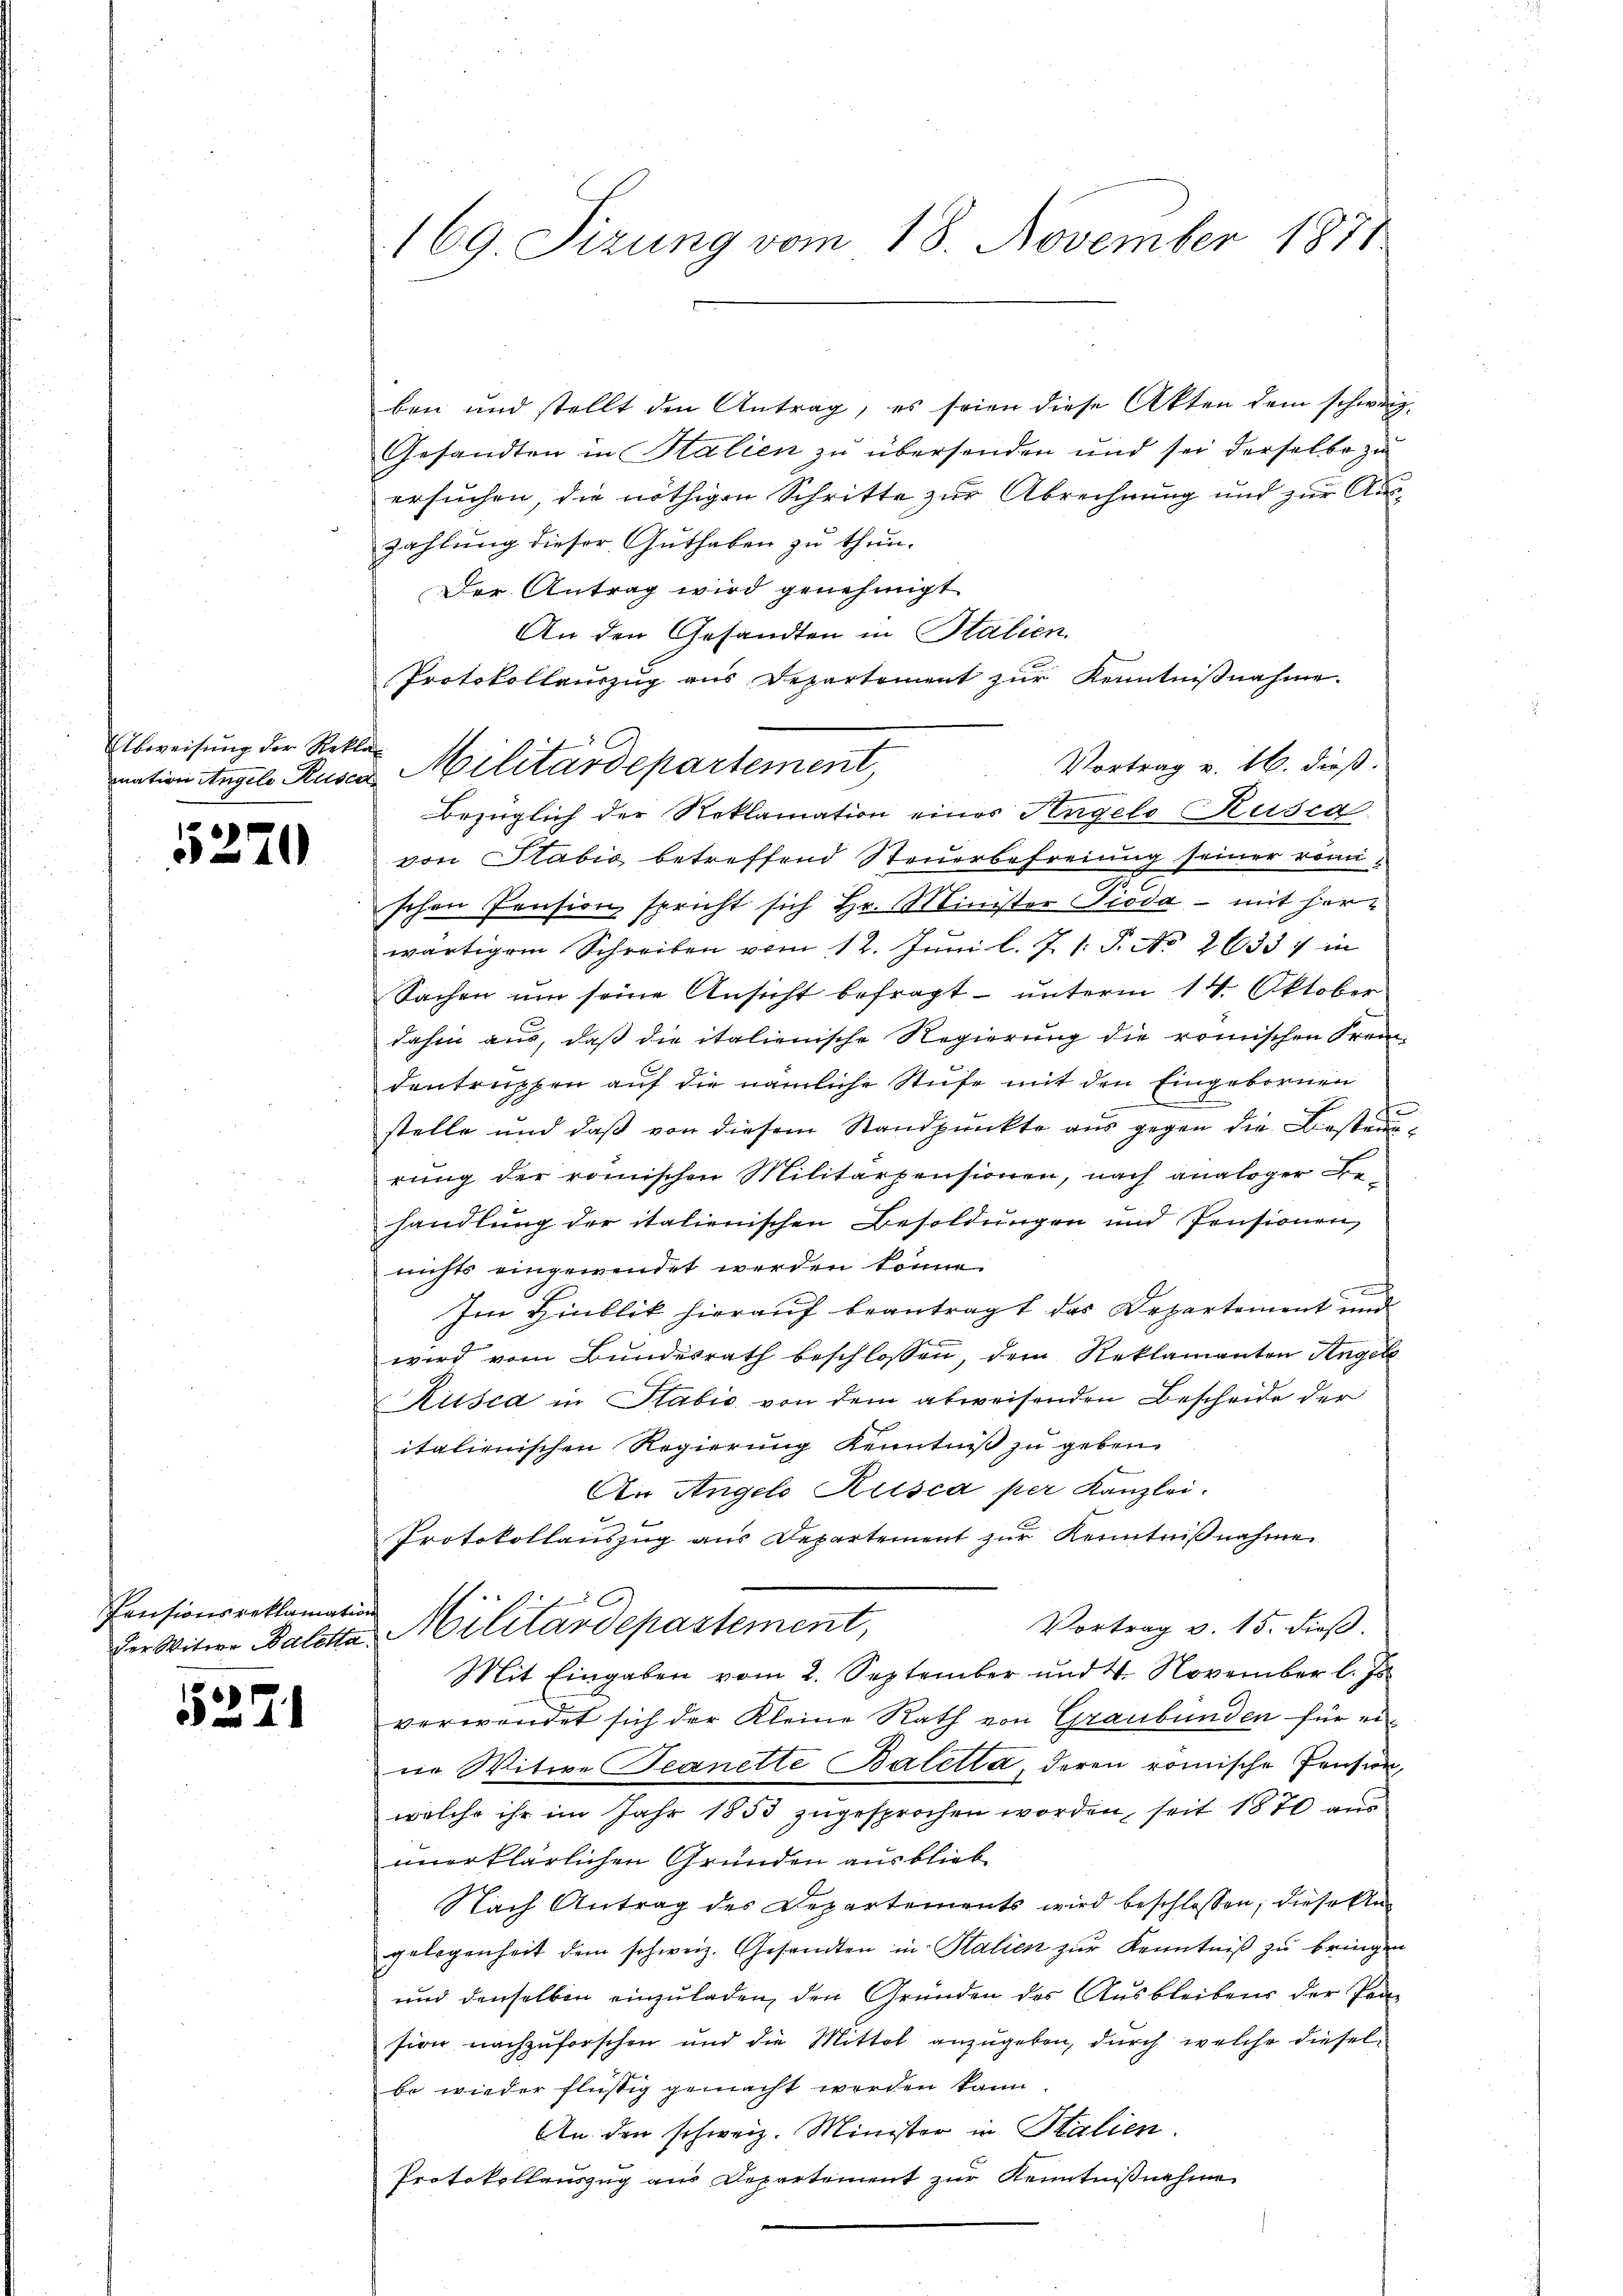
Eibweisung der Reklar

5270

Pensionsreklamation

5371

169 Sizung vom 18. November 1871

ben und stellt den Antrag, es seien diese Akten dem schwer
Gesandten in Stalien zu übersenden und sei derselbe zu
ersuchen, die nöthigen Schritte zur Abrechnung und zur Aus-
zahlung dieser Guthaben zu thun.
Der Antrag wird genehmigt
An den Gesandten in Italien.
Protokollauszug aus Departement zŭr Kenntniβnahme.
Vortrag v. 16. dieß.
bezüglich der Reklamation eines Angelo Kusca
von Stabio betreffend Steuerbefreiung seiner römi
7
schen Pension spricht sich Hr. Minister Pioda – mit Horwärtigem Schreiben vom 12. Jŭni l. J. 1. S. No 26357 in
Sachen um seine Ansicht befragt – unterm 14. Oktober
dahin aus, daß die italienische Regierung die römischen Frei-
dentruppen auf die nämliche Stufe mit den Eingebornen
¬
stelle und daß von diesem Standpunkte aus gegen die Bestaun
rung der römischen Militärpensionen, nach analoger Be-
handlung der italienischen Besoldungen und Pensionen,
nichts eingewendet werden könne.
Im Hinblik hierauf beantragt das Departement und
wird vom Bundesrath beschlossen, dem Reklamanten Angele
Kisca in Stabić von dem abweisenden Bescheide der
italienischen Regierung Kenntniß zu geben.
An Angelo Rusca per Kanzlei.
Protokollauszug aus Departement zŭr Kenntniβnahme.
C
Vortrag v. 15. dieß.
der Witwe Baletta, Militärdepartement,
Mit Eingaben vom 2. September und 4. November l. Js.
verwendet sich der Kleine Rath von Graubünden für ei
ie Witwe Jeanette Baletta, deren römische Pension,
welche ihr im Jahr 1853 zugesprochen worden, seit 1870 aus
unerklärlichen Gründen ausblieb
Nach Antrag des Departements wird beschlossen, diese An
gelegenheit dem schweiz. Gesandten in Stalien zur Kenntniß zu bringen
und denselben einzuladen, den Gründen des Ausbleibens der Parsion nachzuforschen und die Mittel anzugeben, durch welche diesel
be wieder flüssig gemacht werden kann
An den schweiz. Minister in Stalien
Protokollauszug aus Departement zur Kenntnißnahme

nation Angels Rusca Militärdepartement